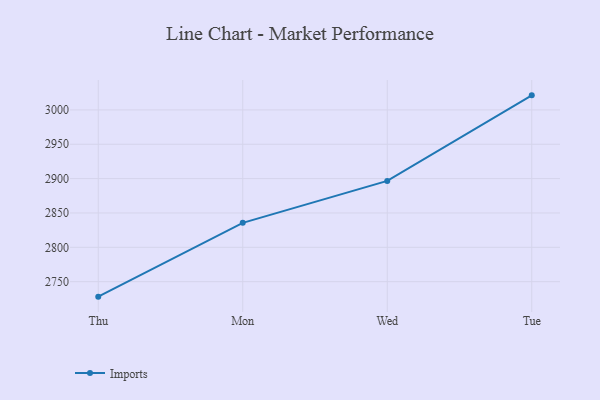
{"axis": {"x": "Day", "y": "Latency (ms)"}, "legend": ["Imports"], "data": [{"x": "Thu", "y": 2728.2, "type": "Imports"}, {"x": "Mon", "y": 2835.6, "type": "Imports"}, {"x": "Wed", "y": 2896.7, "type": "Imports"}, {"x": "Tue", "y": 3021.2, "type": "Imports"}]}